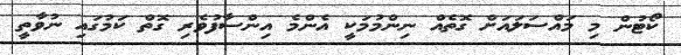
ކޯޓުން މި މައްސަލައަށް ގޮތެއް ނިންމުމަކީ އެންމެ އިންސާފުވެރި ގޮތް ކަމުގައި ނުވާތީ